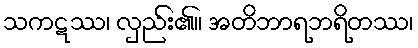
သကဋဿ၊ လှည်း၏။ အတိဘာရဘရိတဿ၊